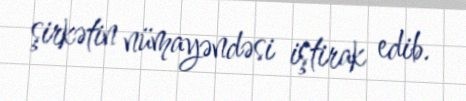
şirkətin nümayəndəsi iştirak edib.